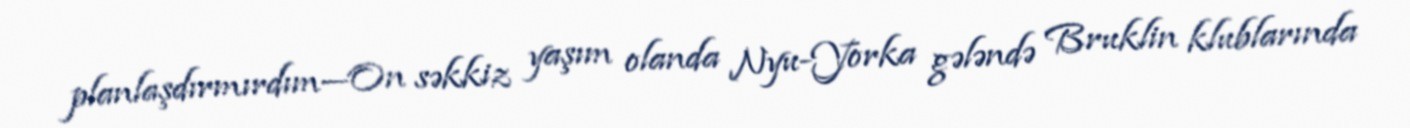
planlaşdırmırdım—On səkkiz yaşım olanda Nyu-Yorka gələndə Bruklin klublarında